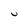
Character: U